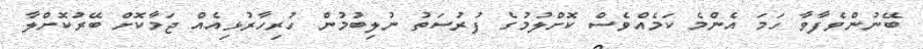
ބޭނުންވެފާވާ ހަމަ އެންމެ ކަމެއްވެސް ކޮށްލުމުގެ ފުރުސަތު ނުލިބުމުން ހުރިހާރުޅިއެއް ޖަމާކޮށް ބޭރުކޮށްލާ